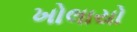
ખોલાયો